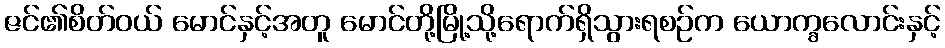
ဇင်၏စိတ်ဝယ် မောင်နှင့်အတူ မောင်တို့မြို့သို့ရောက်ရှိသွားရစဉ်က ယောက္ခလောင်းနှင့်